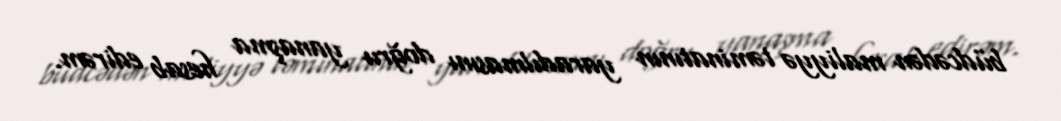
büdcədən maliyyə təminatının yaradılmasını doğru yanaşma hesab edirəm.